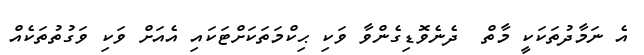
އެ ނަމާދުތަކަކީ މާތް  ދެނެވޮޑިގެންވާ ވަކި ޙިކްމަތަކަށްޓަކައި އެއަށް ވަކި ވަގުތުތަކެއް